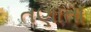
તણાતા